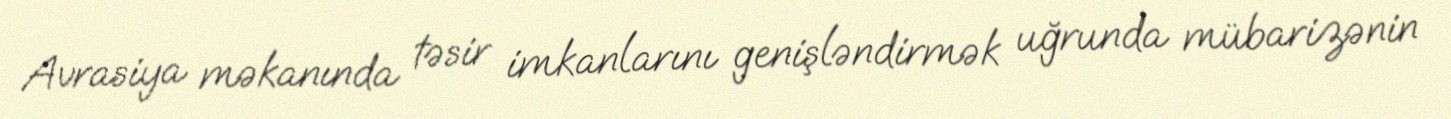
Avrasiya məkanında təsir imkanlarını genişləndirmək uğrunda mübarizənin